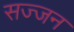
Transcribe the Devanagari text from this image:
सज्‍जन